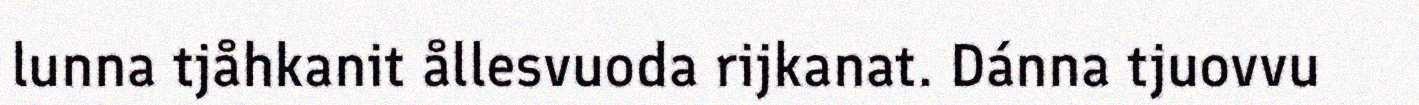
lunna tjåhkanit ållesvuoda rijkanat. Dánna tjuovvu